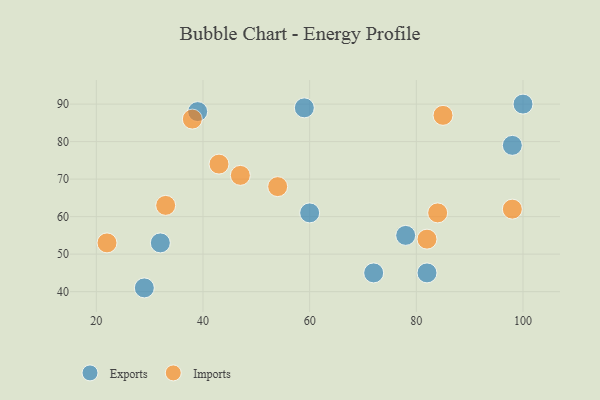
{"axis": {"x": "GDP", "y": "Life Expectancy"}, "legend": ["Exports", "Imports"], "data": [{"x": "82", "y": 45, "type": "Exports"}, {"x": "100", "y": 90, "type": "Exports"}, {"x": "59", "y": 89, "type": "Exports"}, {"x": "29", "y": 41, "type": "Exports"}, {"x": "98", "y": 79, "type": "Exports"}, {"x": "72", "y": 45, "type": "Exports"}, {"x": "78", "y": 55, "type": "Exports"}, {"x": "32", "y": 53, "type": "Exports"}, {"x": "60", "y": 61, "type": "Exports"}, {"x": "39", "y": 88, "type": "Exports"}, {"x": "33", "y": 63, "type": "Imports"}, {"x": "38", "y": 86, "type": "Imports"}, {"x": "47", "y": 71, "type": "Imports"}, {"x": "43", "y": 74, "type": "Imports"}, {"x": "85", "y": 87, "type": "Imports"}, {"x": "22", "y": 53, "type": "Imports"}, {"x": "82", "y": 54, "type": "Imports"}, {"x": "84", "y": 61, "type": "Imports"}, {"x": "98", "y": 62, "type": "Imports"}, {"x": "54", "y": 68, "type": "Imports"}]}